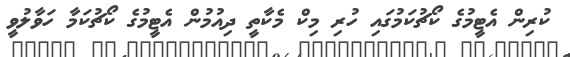
ކުރިން އެޓީމުގެ ކޯޗުކަމުގައި ހުރި މިކް މެކާތީ ދިއުމުން އެޓީމުގެ ކޯޗުކަމާ ހަވާލުވީ